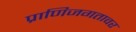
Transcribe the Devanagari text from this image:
प्राणिजगतावर